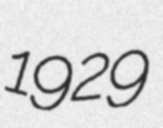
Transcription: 1929